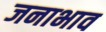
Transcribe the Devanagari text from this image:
जनाभाव